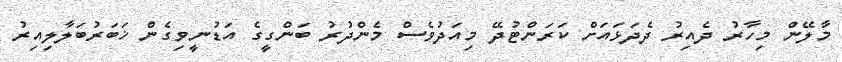
މާލޭން މިހާރު ދެއިރު ދެދަޅައަށް ކަރަންޓުދޭ މިއަދުވެސް މެންދުރު ބަންގީގެ އަޑުނީވިގެން ޚަބަރުބަލާލިއިރު